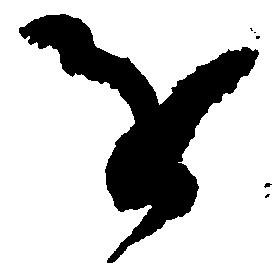
を